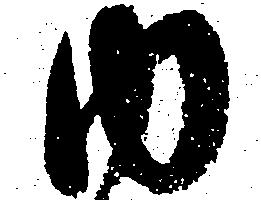
内